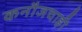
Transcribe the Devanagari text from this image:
कनौजचाही